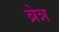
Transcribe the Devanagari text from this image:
ब्रेन्न